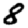
Digit: 8